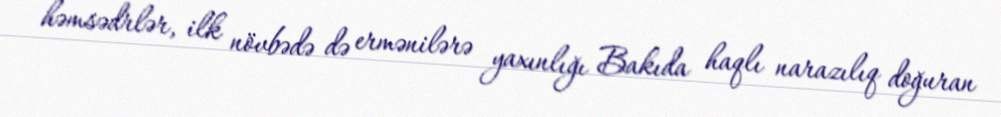
həmsədrlər, ilk növbədə də ermənilərə yaxınlığı Bakıda haqlı narazılıq doğuran